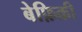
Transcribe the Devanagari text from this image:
बेफ़िक्री